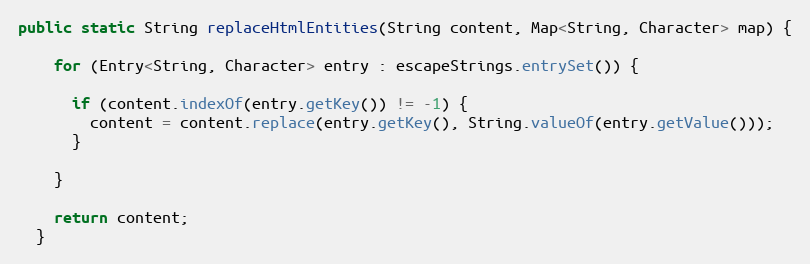
Language: Java
public static String replaceHtmlEntities(String content, Map<String, Character> map) {

    for (Entry<String, Character> entry : escapeStrings.entrySet()) {

      if (content.indexOf(entry.getKey()) != -1) {
        content = content.replace(entry.getKey(), String.valueOf(entry.getValue()));
      }

    }

    return content;
  }